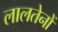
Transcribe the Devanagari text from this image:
लालतेनों